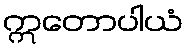
ဣတောပါယံ